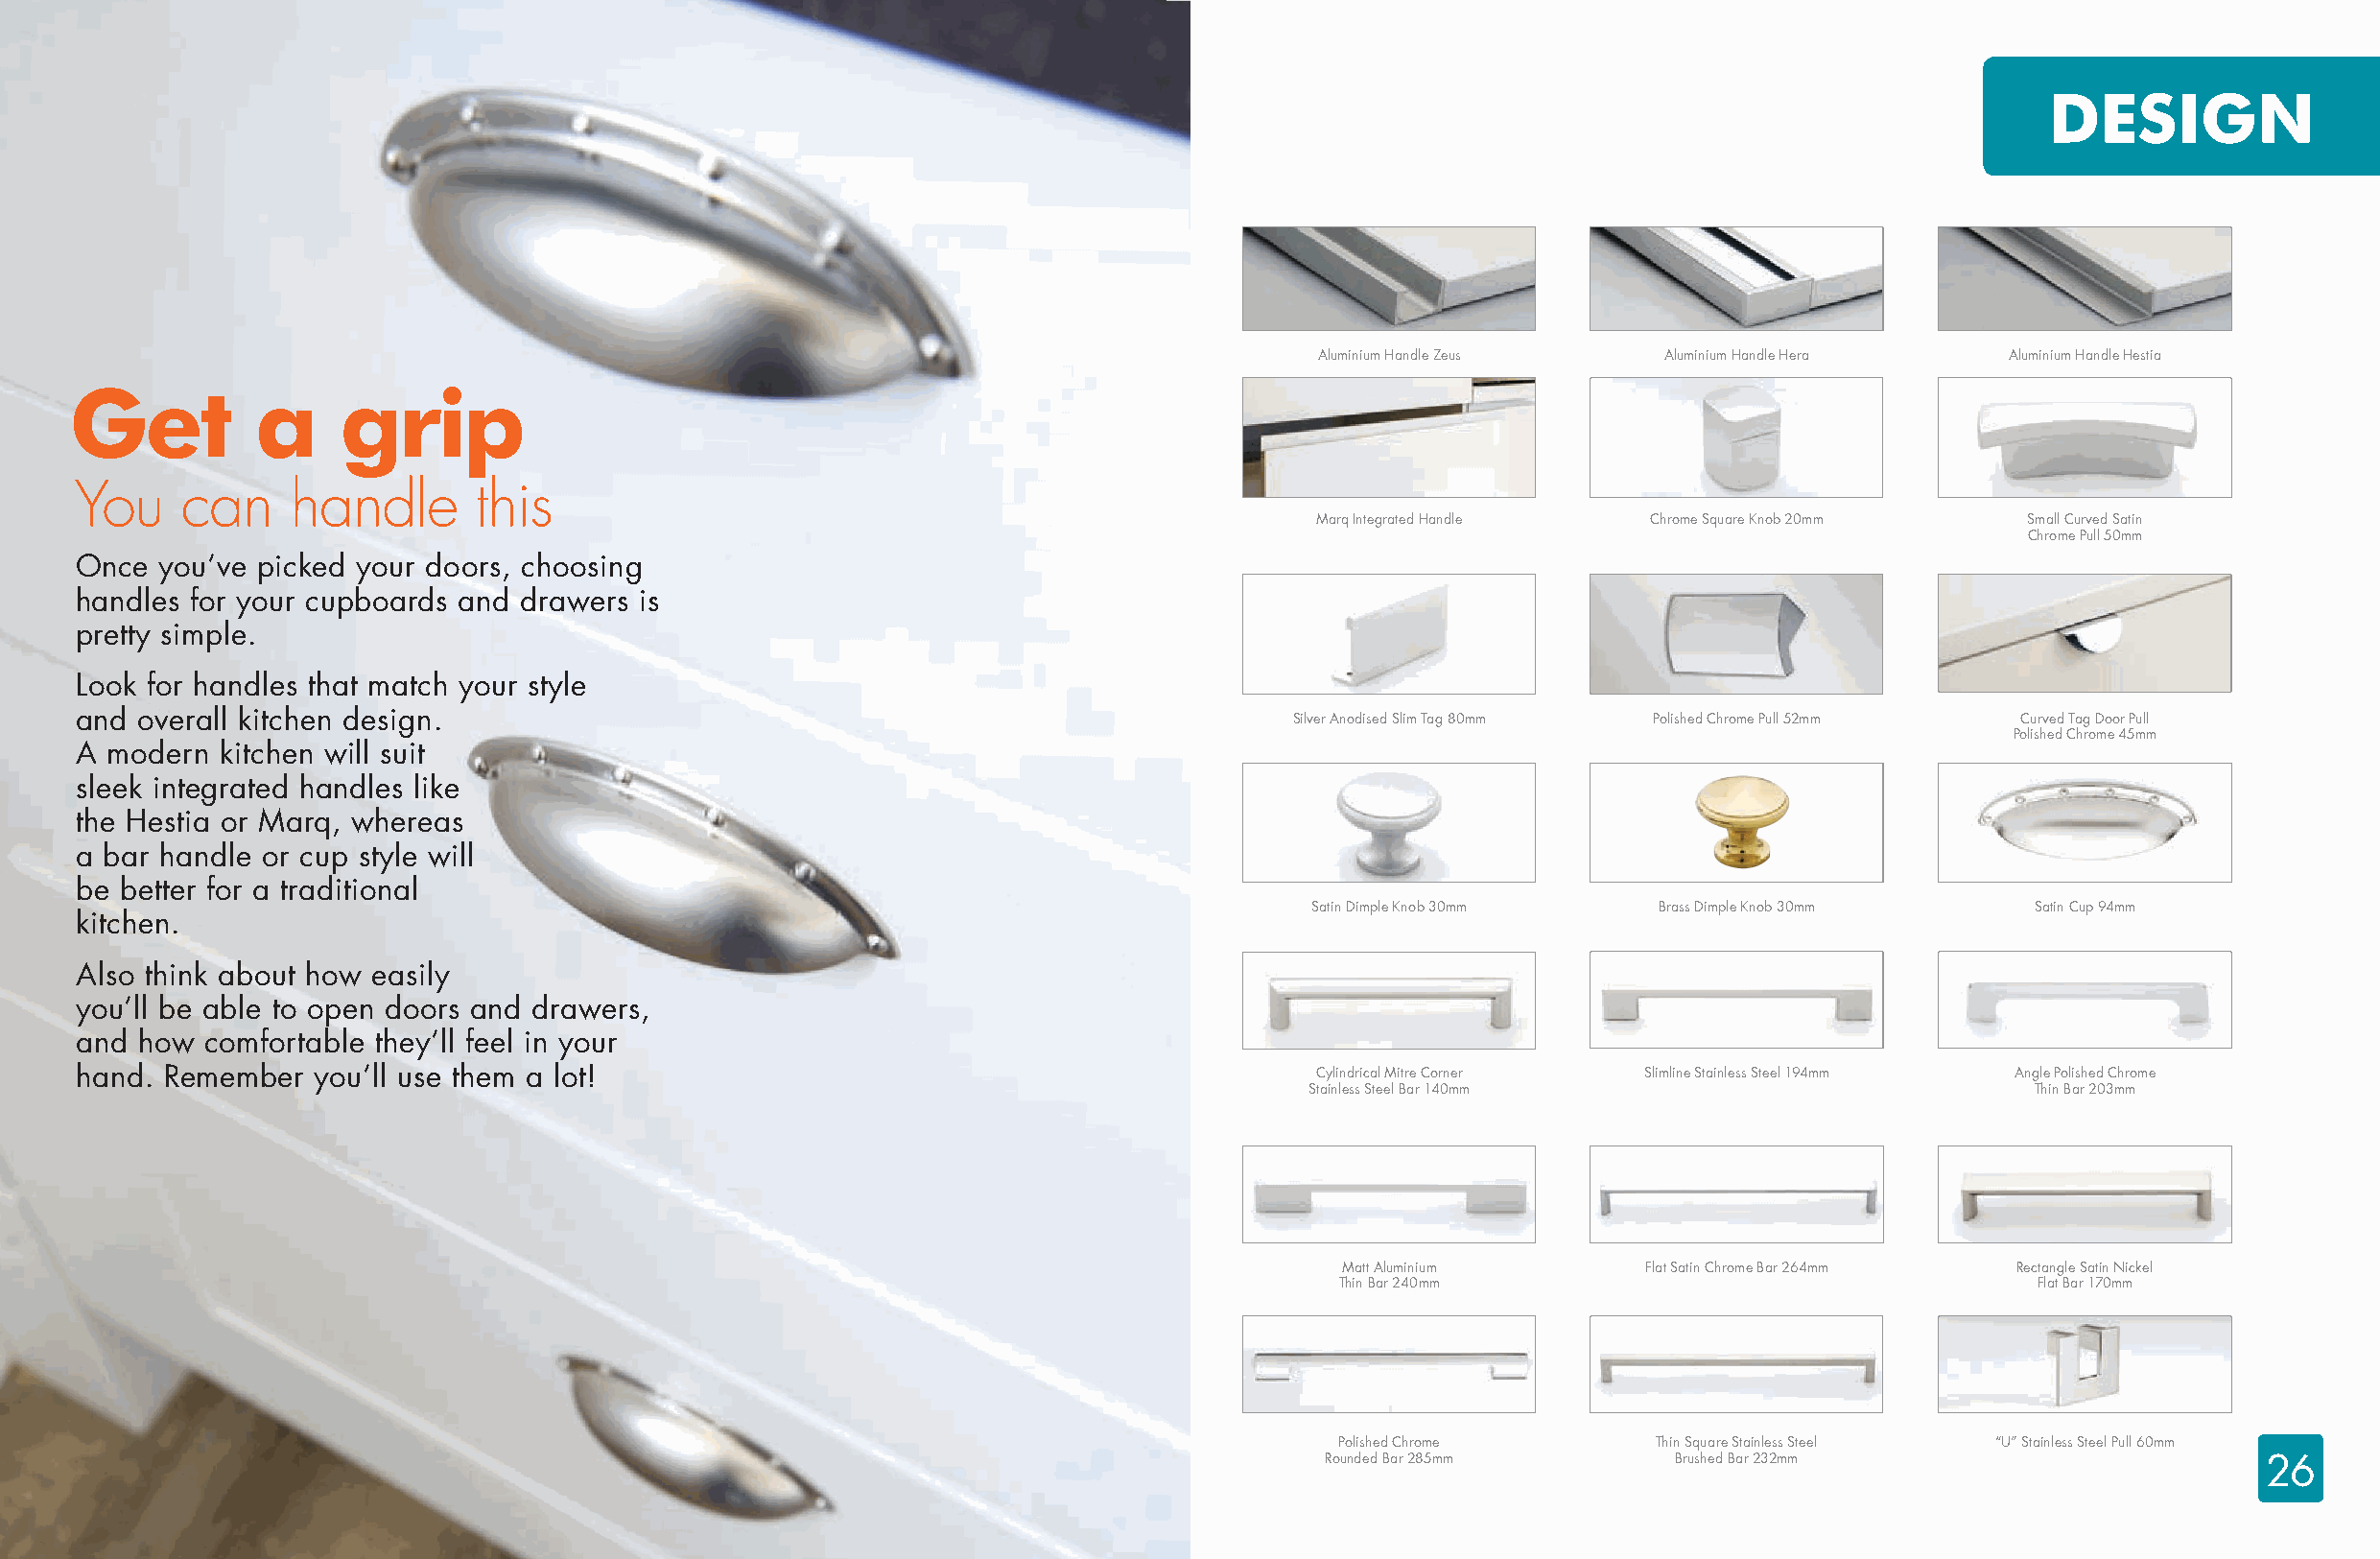
DESIGN
 Aluminium Handle Zeus   Aluminium Handle Hera   Aluminium Handle Hestia
 Get          a    grip
 You    can     handle       this
 Marq Integrated Handle Chrome Square Knob 20mm   Small Curved Satin
 Chrome Pull 50mm
 Once  you’ve picked your doors, choosing
 handles for your cupboards and drawers is
 pretty simple.
 Look for handles that match your style
 and  overall kitchen design.                                                        Silver Anodised Slim Tag 80mm Polished Chrome Pull 52mm Curved Tag Door Pull
 Polished Chrome 45mm
 A modern  kitchen will suit
 sleek integrated handles like
 the Hestia or Marq, whereas
 a bar handle or cup style will
 be better for a traditional
 Satin Dimple Knob 30mm  Brass Dimple Knob 30mm    Satin Cup 94mm
 kitchen.
 Also think about how easily
 you’ll be able to open doors and drawers,
 and  how comfortable they’ll feel in your
 hand. Remember   you’ll use them a lot!                                               Cylindrical Mitre Corner Slimline Stainless Steel 194mm Angle Polished Chrome
 Stainless Steel Bar 140mm                         Thin Bar 203mm
 Matt Aluminium       Flat Satin Chrome Bar 264mm Rectangle Satin Nickel
 Thin Bar 240mm                                   Flat Bar 170mm
 Polished Chrome       Thin Square Stainless Steel “U” Stainless Steel Pull 60mm
 Rounded Bar 285mm        Brushed Bar 232mm                       26